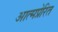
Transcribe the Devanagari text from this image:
आत्मप्रेरित